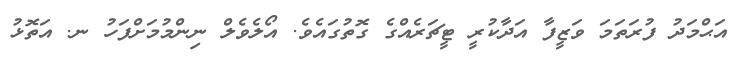
އަޙްމަދު ފުރަތަމަ ވަޒީފާ އަދާކުރީ ޓީޗަރެއްގެ ގޮތުގައެވެ. އޯލެވެލް ނިންމުމަށްފަހު ނ. އަތޮޅު